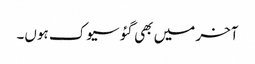
آخر میں بھی گئو سیوک ہوں۔